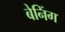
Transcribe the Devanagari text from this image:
बेनिंग